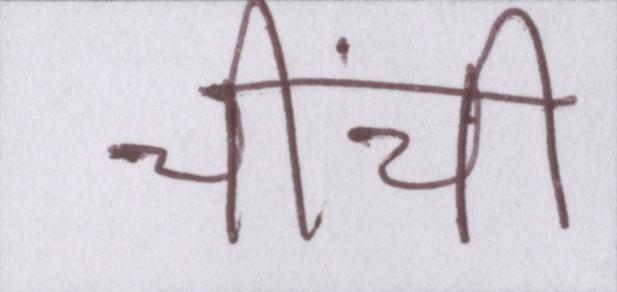
चींची